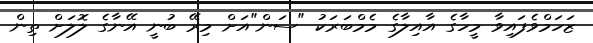
ޒަހަމްވެފައިވާ މީހާގެ އާއިލާގެ މެމްބަރަކު "ސަން"އަށް މިރޭ ބުނީ އޭނާގެ ލޮލަށް ތިން